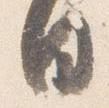
日